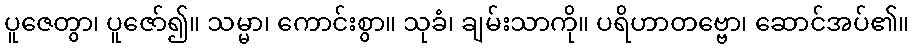
ပူဇေတွာ၊ ပူဇော်၍။ သမ္မာ၊ ကောင်းစွာ။ သုခံ၊ ချမ်းသာကို။ ပရိဟာတဗ္ဗော၊ ဆောင်အပ်၏။